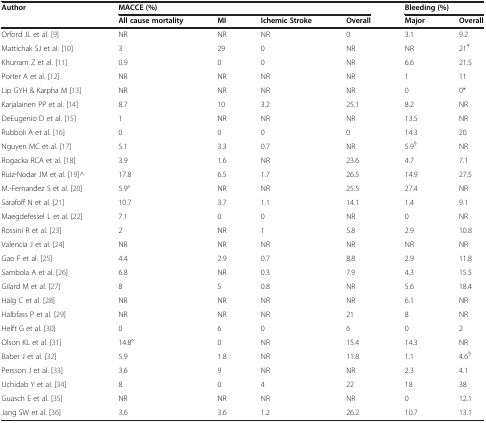
<table><thead><tr><td><b>Author</b></td><td colspan="4"><b>MACCE (%)</b></td><td colspan="2"><b>Bleeding (%)</b></td></tr><tr><td><b> </b></td><td><b>All cause mortality</b></td><td><b>MI</b></td><td><b>Ichemic Stroke</b></td><td><b>Overall</b></td><td><b>Major</b></td><td><b>Overall</b></td></tr></thead><tbody><tr><td>Orford JL et al.[9]</td><td>NR</td><td>NR</td><td>NR</td><td>0</td><td>3.1</td><td>9.2</td></tr><tr><td>Mattichak SJ et al.[10]</td><td>3</td><td>29</td><td>0</td><td>NR</td><td>NR</td><td>21<sup>¥</sup></td></tr><tr><td>Khurram Z et al.[11]</td><td>0.9</td><td>0</td><td>0</td><td>NR</td><td>6.6</td><td>21.5</td></tr><tr><td>Porter A et al.[12]</td><td>NR</td><td>NR</td><td>NR</td><td>NR</td><td>1</td><td>11</td></tr><tr><td>Lip GYH &amp; Karpha M[13]</td><td>NR</td><td>NR</td><td>NR</td><td>NR</td><td>0</td><td>0*</td></tr><tr><td>Karjalainen PP et al.[14]</td><td>8.7</td><td>10</td><td>3.2</td><td>25.1</td><td>8.2</td><td>NR</td></tr><tr><td>DeEugenio D et al.[15]</td><td>1</td><td>NR</td><td>NR</td><td>NR</td><td>13.5</td><td>NR</td></tr><tr><td>Rubboli A et al.[16]</td><td>0</td><td>0</td><td>0</td><td>0</td><td>14.3</td><td>20</td></tr><tr><td>Nguyen MC et al.[17]</td><td>5.1</td><td>3.3</td><td>0.7</td><td>NR</td><td>5.9<sup>§</sup></td><td>NR</td></tr><tr><td>Rogacka RCA et al.[18]</td><td>3.9</td><td>1.6</td><td>NR</td><td>23.6</td><td>4.7</td><td>7.1</td></tr><tr><td>Ruiz-Nodar JM et al.[19]^</td><td>17.8</td><td>6.5</td><td>1.7</td><td>26.5</td><td>14.9</td><td>27.5</td></tr><tr><td>M.-Fernandez S et al.[20]</td><td>5.9°</td><td>NR</td><td>NR</td><td>25.5</td><td>27.4</td><td>NR</td></tr><tr><td>Sarafoff N et al.[21]</td><td>10.7</td><td>3.7</td><td>1.1</td><td>14.1</td><td>1.4</td><td>9.1</td></tr><tr><td>Maegdefessel L et al.[22]</td><td>7.1</td><td>0</td><td>0</td><td>NR</td><td>0</td><td>NR</td></tr><tr><td>Rossini R et al.[23]</td><td>2</td><td>NR</td><td>1</td><td>5.8</td><td>2.9</td><td>10.8</td></tr><tr><td>Valencia J et al.[24]</td><td>NR</td><td>NR</td><td>NR</td><td>NR</td><td>NR</td><td>NR</td></tr><tr><td>Gao F et al.[25]</td><td>4.4</td><td>2.9</td><td>0.7</td><td>8.8</td><td>2.9</td><td>11.8</td></tr><tr><td>Sambola A et al.[26]</td><td>6.8</td><td>NR</td><td>0.3</td><td>7.9</td><td>4.3</td><td>15.5</td></tr><tr><td>Gilard M et al.[27]</td><td>8</td><td>5</td><td>0.8</td><td>NR</td><td>5.6</td><td>18.4</td></tr><tr><td>Hälg C et al.[28]</td><td>NR</td><td>NR</td><td>NR</td><td>NR</td><td>6.1</td><td>NR</td></tr><tr><td>Halbfass P et al.[29]</td><td>NR</td><td>NR</td><td>NR</td><td>21</td><td>8</td><td>NR</td></tr><tr><td>Helft G et al.[30]</td><td>0</td><td>6</td><td>0</td><td>6</td><td>0</td><td>2</td></tr><tr><td>Olson KL et al.[31]</td><td>14.8°</td><td>0</td><td>NR</td><td>15.4</td><td>14.3</td><td>NR</td></tr><tr><td>Baber J et al.[32]</td><td>5.9</td><td>1.8</td><td>NR</td><td>11.8</td><td>1.1</td><td>4.6<sup>§</sup></td></tr><tr><td>Persson J et al.[33]</td><td>3.6</td><td>9</td><td>NR</td><td>NR</td><td>2.3</td><td>4.1</td></tr><tr><td>Uchidab Y et al.[34]</td><td>8</td><td>0</td><td>4</td><td>22</td><td>18</td><td>38</td></tr><tr><td>Guasch E et al.[35]</td><td>NR</td><td>NR</td><td>NR</td><td>NR</td><td>0</td><td>12.1</td></tr><tr><td>Jang SW et al.[36]</td><td>3.6</td><td>3.6</td><td>1.2</td><td>26.2</td><td>10.7</td><td>13.1</td></tr></tbody></table>